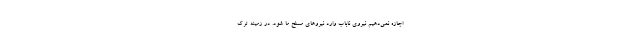
اجازه نمى‌دهیم نیروى ناباب وارد نیروهاى مسلح ما شود. در زمینه ترک